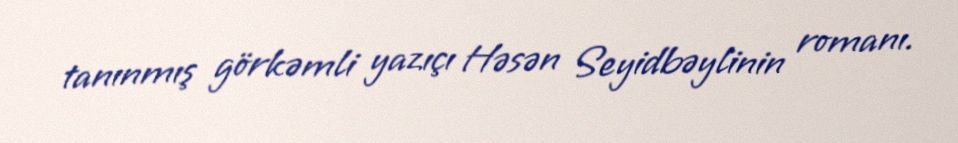
tanınmış görkəmli yazıçı Həsən Seyidbəylinin romanı.